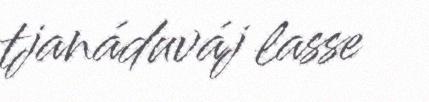
tjanáduváj lasse